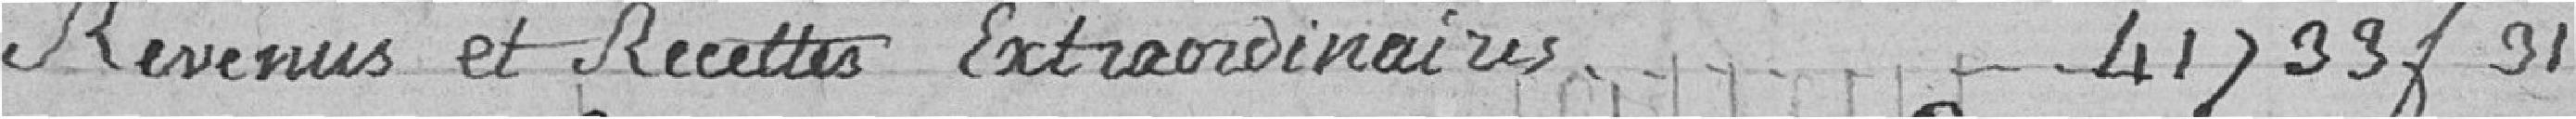
Revenus et Recettes Extraordinaires  41733F31